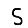
Digit: 5